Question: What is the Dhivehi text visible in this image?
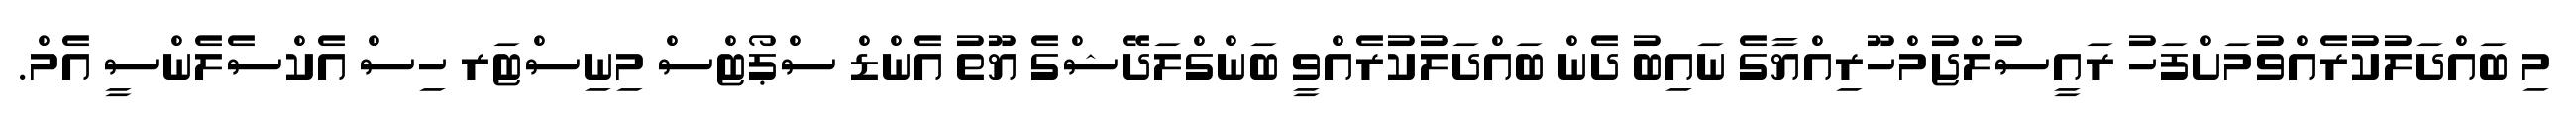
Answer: މި ބައްދަލުކުރެއްވުމަށްފަހު ރައީސުލްޖުމްހޫރިއްޔާގެ ނައިބު ދެން ބައްދަލުކުރެއްވީ ބަންގްލަދޭޝްގެ ޔޫތު އެންޑް ސްޕޯޓްސް މިނިސްޓަރ ހިސް އެކްސެލެންސީ އެމް.